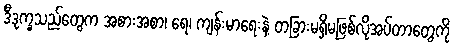
ဒီဒုက္ခသည်တွေက အစားအစာ၊ ရေ၊ ကျန်းမာရေးနဲ့ တခြားမရှိမဖြစ်လိုအပ်တာတွေကို